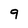
Character: 9